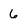
Character: 6